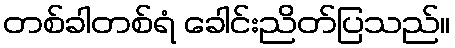
တစ်ခါတစ်ရံ ခေါင်းညိတ်ပြသည်။